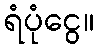
ရံပုံငွေ။